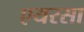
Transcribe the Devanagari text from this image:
एयरसा